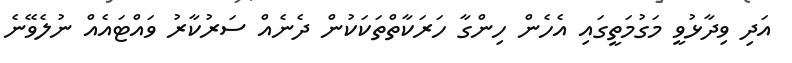
އަދި ވިދާޅުވީ މަގުމަތީގައި އެހެން ހިންގާ ހަރަކާތްތަކަކުން ދެނެއް ސަރުކާރު ވައްޓައެއް ނުލެވޭނެ